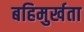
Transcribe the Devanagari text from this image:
बहिमुर्खता